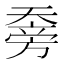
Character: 𰋯